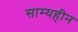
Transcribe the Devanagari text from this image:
साम्यहीन